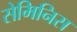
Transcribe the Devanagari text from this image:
सेमिनिस